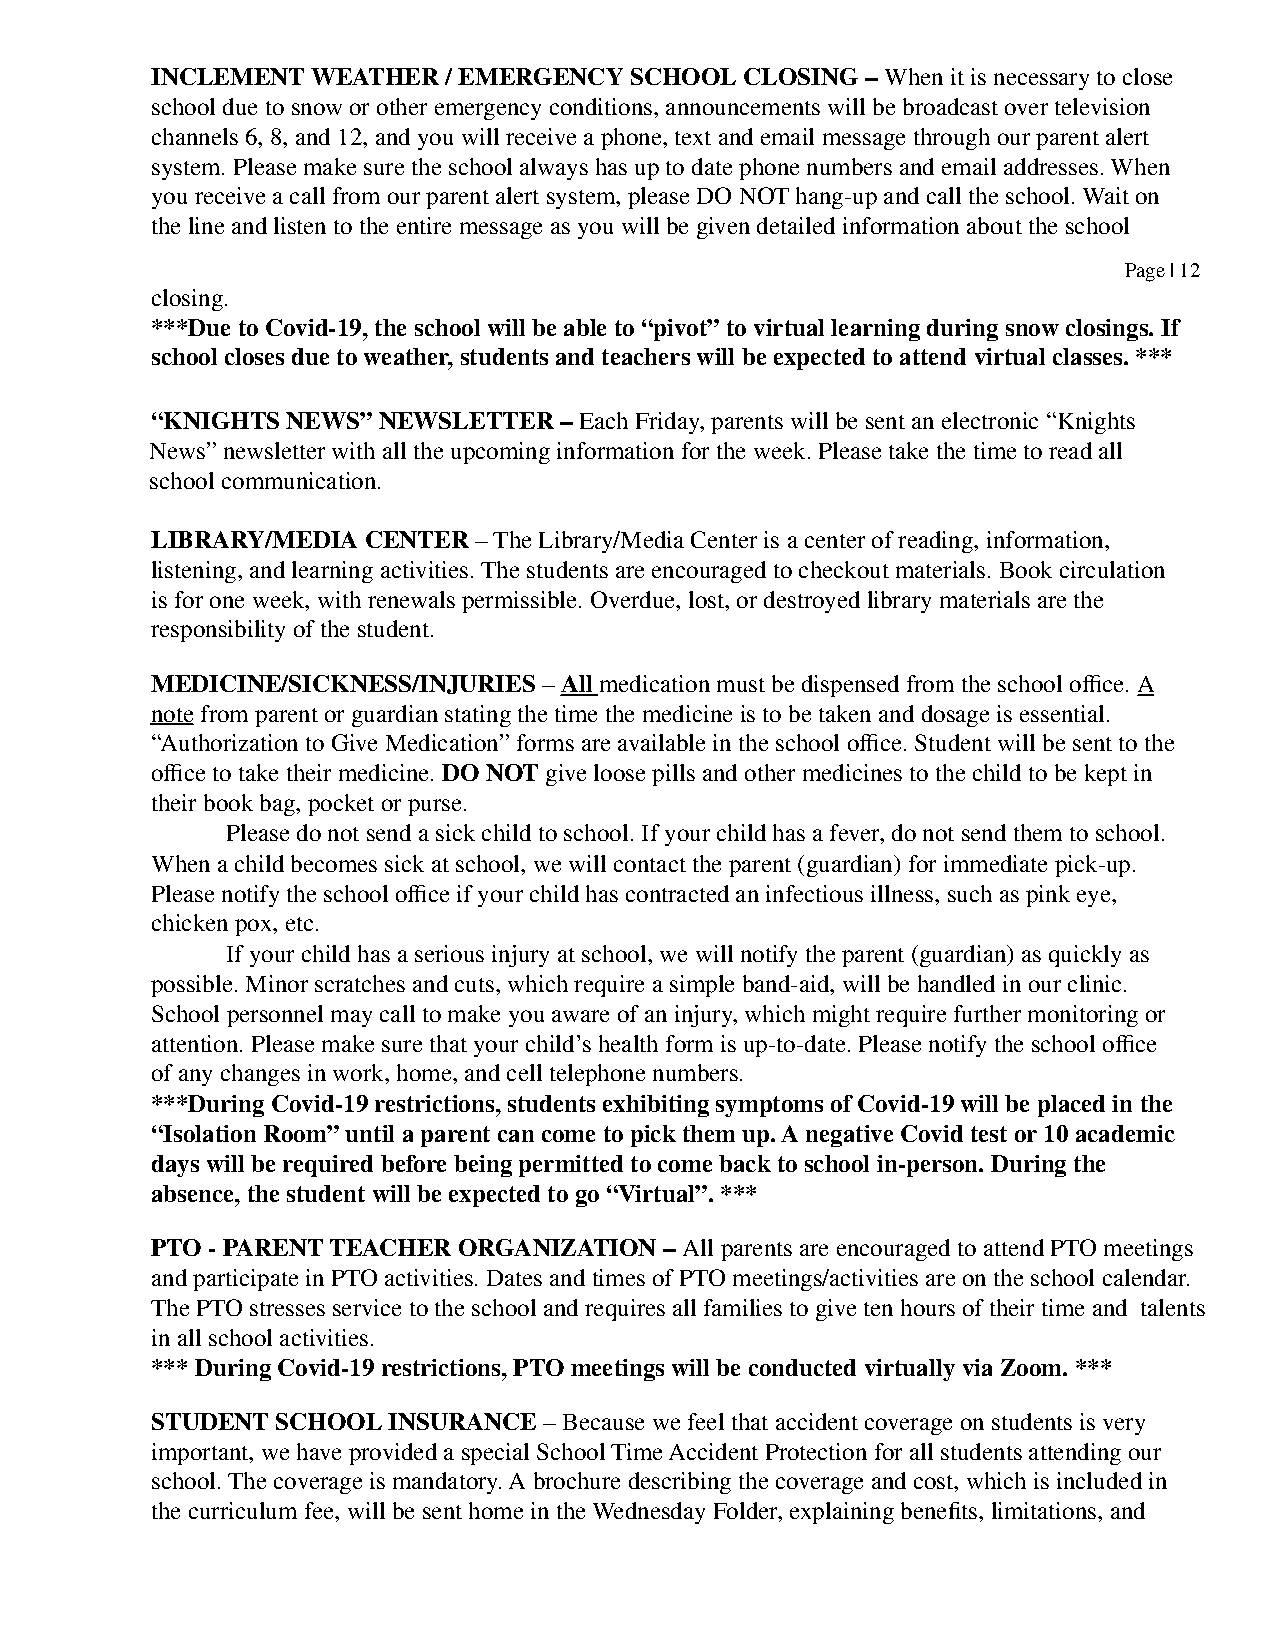
INCLEMENT  WEATHER / EMERGENCY  SCHOOL CLOSING – When it is necessary to close
 school due to snow or other emergency conditions, announcements will be broadcast over television
 channels 6, 8, and 12, and you will receive a phone, text and email message through our parent alert
 system. Please make sure the school always has up to date phone numbers and email addresses. When
 you receive a call from our parent alert system, please DO NOT hang-up and call the school. Wait on
 the line and listen to the entire message as you will be given detailed information about the school
 Page | 12
 closing.
 ***Due to Covid-19, the school will be able to “pivot” to virtual learning during snow closings. If
 school closes due to weather, students and teachers will be expected to attend virtual classes. ***
 “KNIGHTS NEWS” NEWSLETTER  – Each Friday, parents will be sent an electronic “Knights
 News” newsletter with all the upcoming information for the week. Please take the time to read all
 school communication.
 LIBRARY/MEDIA CENTER – The Library/Media Center is a center of reading, information,
 listening, and learning activities. The students are encouraged to checkout materials. Book circulation
 is for one week, with renewals permissible. Overdue, lost, or destroyed library materials are the
 responsibility of the student.
 MEDICINE/SICKNESS/INJURIES – All medication must be dispensed from the school office. A
 note from parent or guardian stating the time the medicine is to be taken and dosage is essential.
 “Authorization to Give Medication” forms are available in the school office. Student will be sent to the
 office to take their medicine. DO NOT give loose pills and other medicines to the child to be kept in
 their book bag, pocket or purse.
 Please do not send a sick child to school. If your child has a fever, do not send them to school.
 When a child becomes sick at school, we will contact the parent (guardian) for immediate pick-up.
 Please notify the school office if your child has contracted an infectious illness, such as pink eye,
 chicken pox, etc.
 If your child has a serious injury at school, we will notify the parent (guardian) as quickly as
 possible. Minor scratches and cuts, which require a simple band-aid, will be handled in our clinic.
 School personnel may call to make you aware of an injury, which might require further monitoring or
 attention. Please make sure that your child’s health form is up-to-date. Please notify the school office
 of any changes in work, home, and cell telephone numbers.
 ***During Covid-19 restrictions, students exhibiting symptoms of Covid-19 will be placed in the
 “Isolation Room” until a parent can come to pick them up. A negative Covid test or 10 academic
 days will be required before being permitted to come back to school in-person. During the
 absence, the student will be expected to go “Virtual”. ***
 PTO - PARENT TEACHER ORGANIZATION – All parents are encouraged to attend PTO meetings
 and participate in PTO activities. Dates and times of PTO meetings/activities are on the school calendar.
 The PTO stresses service to the school and requires all families to give ten hours of their time and talents
 in all school activities.
 *** During Covid-19 restrictions, PTO meetings will be conducted virtually via Zoom. ***
 STUDENT SCHOOL  INSURANCE – Because we feel that accident coverage on students is very
 important, we have provided a special School Time Accident Protection for all students attending our
 school. The coverage is mandatory. A brochure describing the coverage and cost, which is included in
 the curriculum fee, will be sent home in the Wednesday Folder, explaining benefits, limitations, and